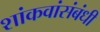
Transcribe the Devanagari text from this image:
शांकवांसंबंधी